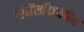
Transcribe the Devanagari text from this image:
रिनेंसाँकालीन